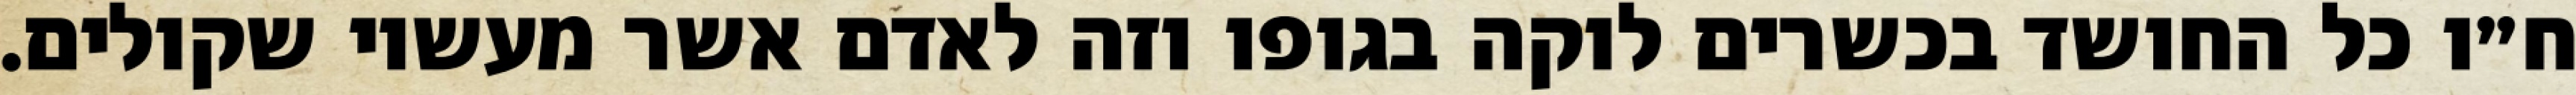
ח״ו כל החושד בכשרים לוקה בגופו וזה לאדם אשר מעשיו שקולים.